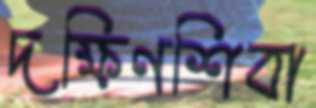
দক্ষিণশিবা